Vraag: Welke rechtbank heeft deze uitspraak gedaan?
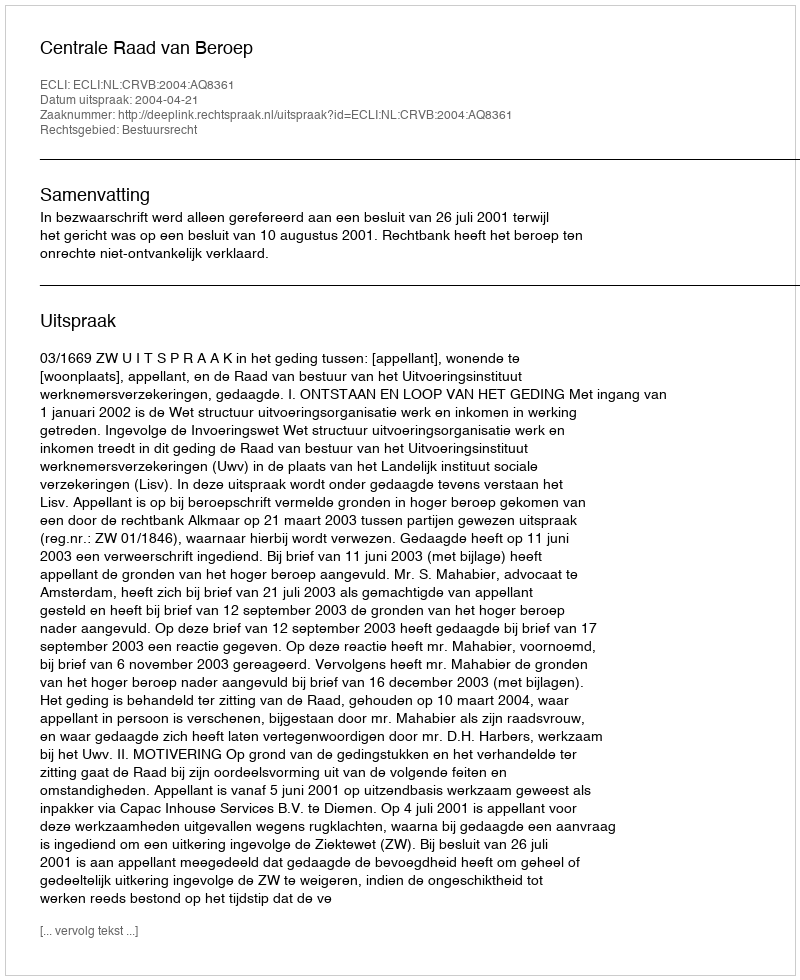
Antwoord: Centrale Raad van Beroep